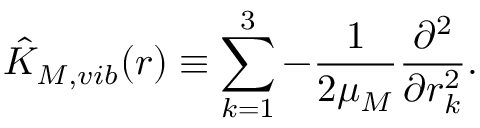
\hat { K } _ { M , v i b } ( r ) \equiv \sum _ { k = 1 } ^ { 3 } - { \frac { 1 } { 2 \mu _ { M } } } { \frac { \partial ^ { 2 } } { \partial r _ { k } ^ { 2 } } } .